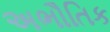
અભૌતિક